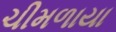
ચીમળાયા